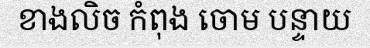
ខាងលិច កំពុង ចោម បន្ទាយ